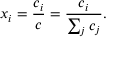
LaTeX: x _ { i } = { \frac { c _ { i } } { c } } = { \frac { c _ { i } } { \sum _ { j } c _ { j } } } .